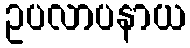
ဥပလာပနာယ